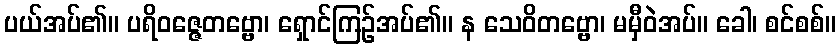
ပယ်အပ်၏။ ပရိဝဇ္ဇေတဗ္ဗော၊ ရှောင်ကြဉ်အပ်၏။ န သေဝိတဗ္ဗော၊ မမှီဝဲအပ်။ ခေါ၊ စင်စစ်။